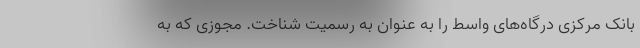
بانک مرکزی درگاه‌های واسط را به عنوان به رسمیت شناخت. مجوزی که به